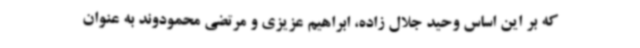
که بر این اساس وحید جلال زاده، ابراهیم عزیزی و مرتضی محمودوند به عنوان